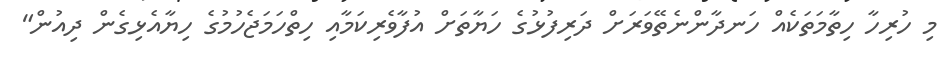
މި ހުރިހާ ހިތާމަތަކެއް ހަނދާންނެތޭވަރަށް ދަރިފުޅުގެ ހަޔާތަށް އުފާވެރިކަމާއި ހިތްހަމަޖެހުމުގެ ހިޔާއެޅިގެން ދިއުން"